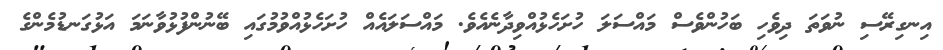
އިނގިރޭސި ނުވަތަ ދިވެހި ބަހުންވެސް މައްސަލަ ހުށަހެޅުއްވިދާނެއެވެ. މައްސަލައެއް ހުށަހެޅުއްވުމުގައި ބޭނުންފުޅުވާނަމަ އަޅުގަނޑުމެންގެ